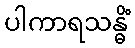
ပါကာရသန္ဓိံ